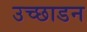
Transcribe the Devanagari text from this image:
उच्छाडन